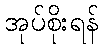
အုပ်စိုးရန်